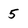
Character: 5